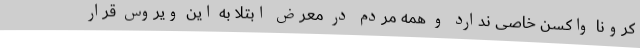
کرونا واکسن خاصی ندارد و همه مردم در معرض ابتلا به این ویروس قرار